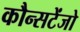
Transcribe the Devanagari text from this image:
कौन्सटेंजो